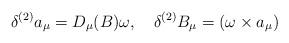
LaTeX: \begin{align*}\delta^{(2)} a_{\mu} = D_{\mu}(B)\omega, \quad\delta^{(2)} B_{\mu} = (\omega \times a_{\mu})\end{align*}